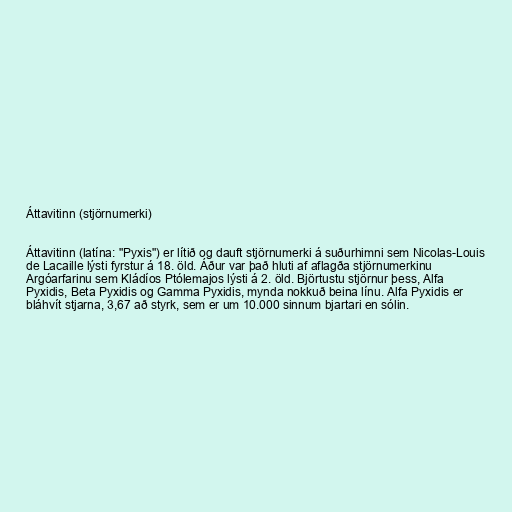
Áttavitinn (stjörnumerki)

Áttavitinn (latína: "Pyxis") er lítið og dauft stjörnumerki á suðurhimni sem Nicolas-Louis
de Lacaille lýsti fyrstur á 18. öld. Áður var það hluti af aflagða stjörnumerkinu
Argóarfarinu sem Kládíos Ptólemajos lýsti á 2. öld. Björtustu stjörnur þess, Alfa
Pyxidis, Beta Pyxidis og Gamma Pyxidis, mynda nokkuð beina línu. Alfa Pyxidis er
bláhvít stjarna, 3,67 að styrk, sem er um 10.000 sinnum bjartari en sólin.